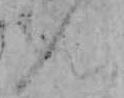
ん